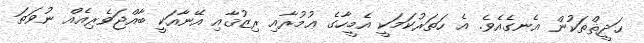
ޙަދީޘްތަކުން އެނގެއެވެ. އެ ހަތަރުކަމަކީ އެމީހާގެ ޢުމުރާއި ރިޒުޤާއި އޭނާއަކީ ބާއްޖަވެރިއެއް ނުވަތަ